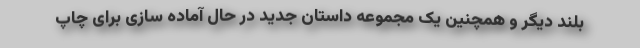
بلند دیگر و همچنین یک مجموعه داستان جدید در حال آماده سازی برای چاپ